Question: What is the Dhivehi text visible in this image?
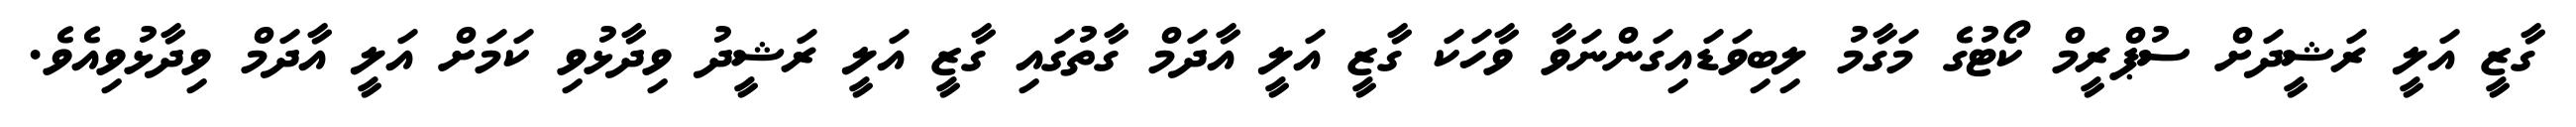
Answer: ގާޒީ އަލީ ރަޝީދަށް ސުޕްރީމް ކޯޓުގެ މަގާމު ލިބިވަޑައިގަންނަވާ ވާހަކަ ގާޒީ އަލީ އާދަމް ގާތުގައި ގާޒީ އަލީ ރަޝީދު ވިދާޅުވި ކަމަށް އަލީ އާދަމް ވިދާޅުވިއެވެ.